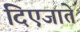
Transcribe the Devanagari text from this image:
दिएजाते